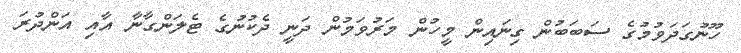
ހޫނުގަދަވުމުގެ ސަބަބުން ގިނައިން މީހުން މަރުވަމުން ދަނީ ދެކުނުގެ ޓެލަންގާނާ އާއި އަންދުރަ